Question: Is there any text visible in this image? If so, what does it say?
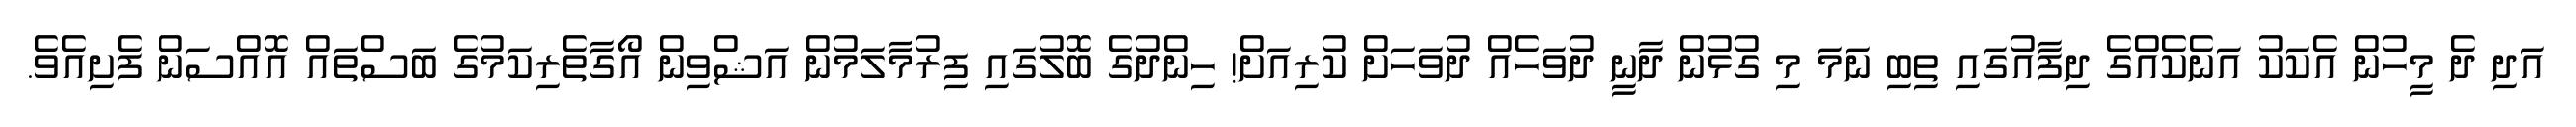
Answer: އަދި ދެ މީހުން އެކަކު އަނެކެއްގެ ދިފާއުގައި ތިބި ނަމަ މި ގުޅުން ދާނީ ދުވަހެއް ދުވަހަށް ކުރިއަށް! ހިންދުގެ ބޮލުގައި ފިރުމާލަމުން އަޝްވިން އޯގާތެރިކަމުގެ ބަސްތައް އޮއްސަން ފެށިއެވެ.